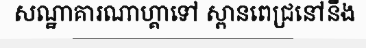
សណ្ឋាគារណាហ្គាទៅ ស្ពានពេជ្រនៅនឹង